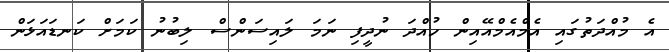
އެ މުއްދަތުގައި އެމްއެމްއޭއިން ހުއްދަ ނުދީފި ނަމަ ލައިސަންސް ލިބުނު ކަމަށް ކަނޑައަޅަން